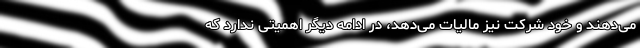
می‌دهند و خود شرکت نیز مالیات می‌دهد، در ادامه دیگر اهمیتی ندارد که